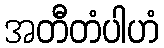
အတီတံပါဟံ